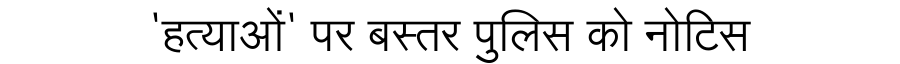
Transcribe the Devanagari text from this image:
'हत्याओं' पर बस्तर पुलिस को नोटिस